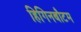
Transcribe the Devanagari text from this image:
हिगिनबौटम